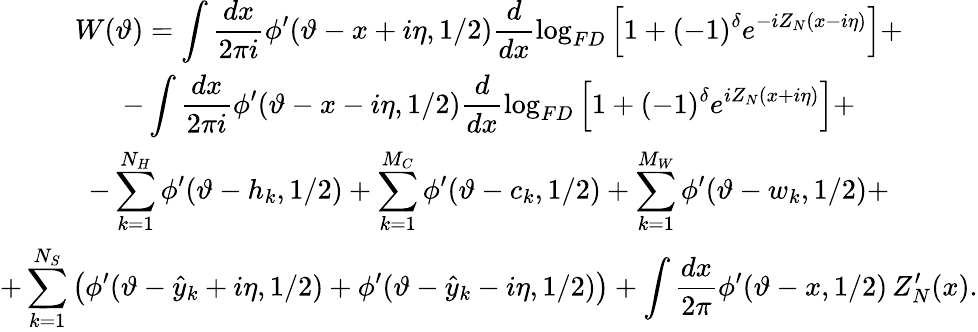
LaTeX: \begin{array}{c}{{\displaystyle W(\vartheta)=\displaystyle\int\displaystyle\frac{dx}{2\pi i}\phi^{\prime}(\vartheta-x+i\eta,1/2)\displaystyle\frac{d}{dx}\log_{FD}\left[1+(-1)^{\delta}e^{-iZ_{N}(x-i\eta)}\right]+}}\\ {{-\displaystyle\int\displaystyle\frac{dx}{2\pi i}\phi^{\prime}(\vartheta-x-i\eta,1/2)\displaystyle\frac{d}{dx}\log_{FD}\left[1+(-1)^{\delta}e^{iZ_{N}(x+i\eta)}\right]+}}\\ {{-\displaystyle\sum_{k=1}^{N_{H}}\phi^{\prime}(\vartheta-h_{k},1/2)+\displaystyle\sum_{k=1}^{M_{C}}\phi^{\prime}(\vartheta-c_{k},1/2)+\displaystyle\sum_{k=1}^{M_{W}}\phi^{\prime}(\vartheta-w_{k},1/2)+}}\\ {{+\displaystyle\sum_{k=1}^{N_{S}}\left(\phi^{\prime}(\vartheta-\hat{y}_{k}+i\eta,1/2)+\phi^{\prime}(\vartheta-\hat{y}_{k}-i\eta,1/2)\right)+\displaystyle\int\displaystyle\frac{dx}{2\pi}\phi^{\prime}(\vartheta-x,1/2)\, Z_{N}^{\prime}(x).}}\end{array}